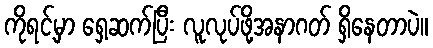
ကိုရင့်မှာ ရှေ့ဆက်ပြီး လူလုပ်ဖို့အနာဂတ် ရှိနေတာပဲ။